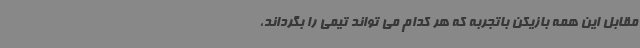
مقابل این همه بازیکن باتجربه که هر کدام می تواند تیمی را بگرداند،